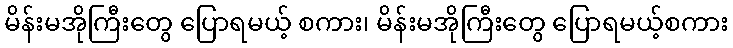
မိန်းမအိုကြီးတွေ ပြောရမယ့် စကား၊ မိန်းမအိုကြီးတွေ ပြောရမယ့်စကား